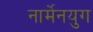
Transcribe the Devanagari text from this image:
नार्मेनयुग